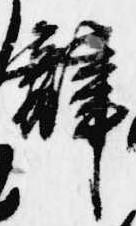
辞